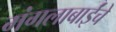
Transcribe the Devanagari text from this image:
मंगलाबाईंचे